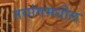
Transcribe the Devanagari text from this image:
तवांगमधील